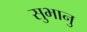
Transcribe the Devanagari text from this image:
सुभानु